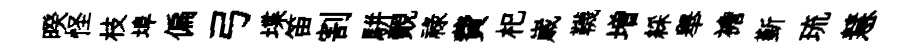
暌怪枝埠偏弓堞笛割駢覿禄費𣏌𡻕韈増綵舉襜斳琉慧